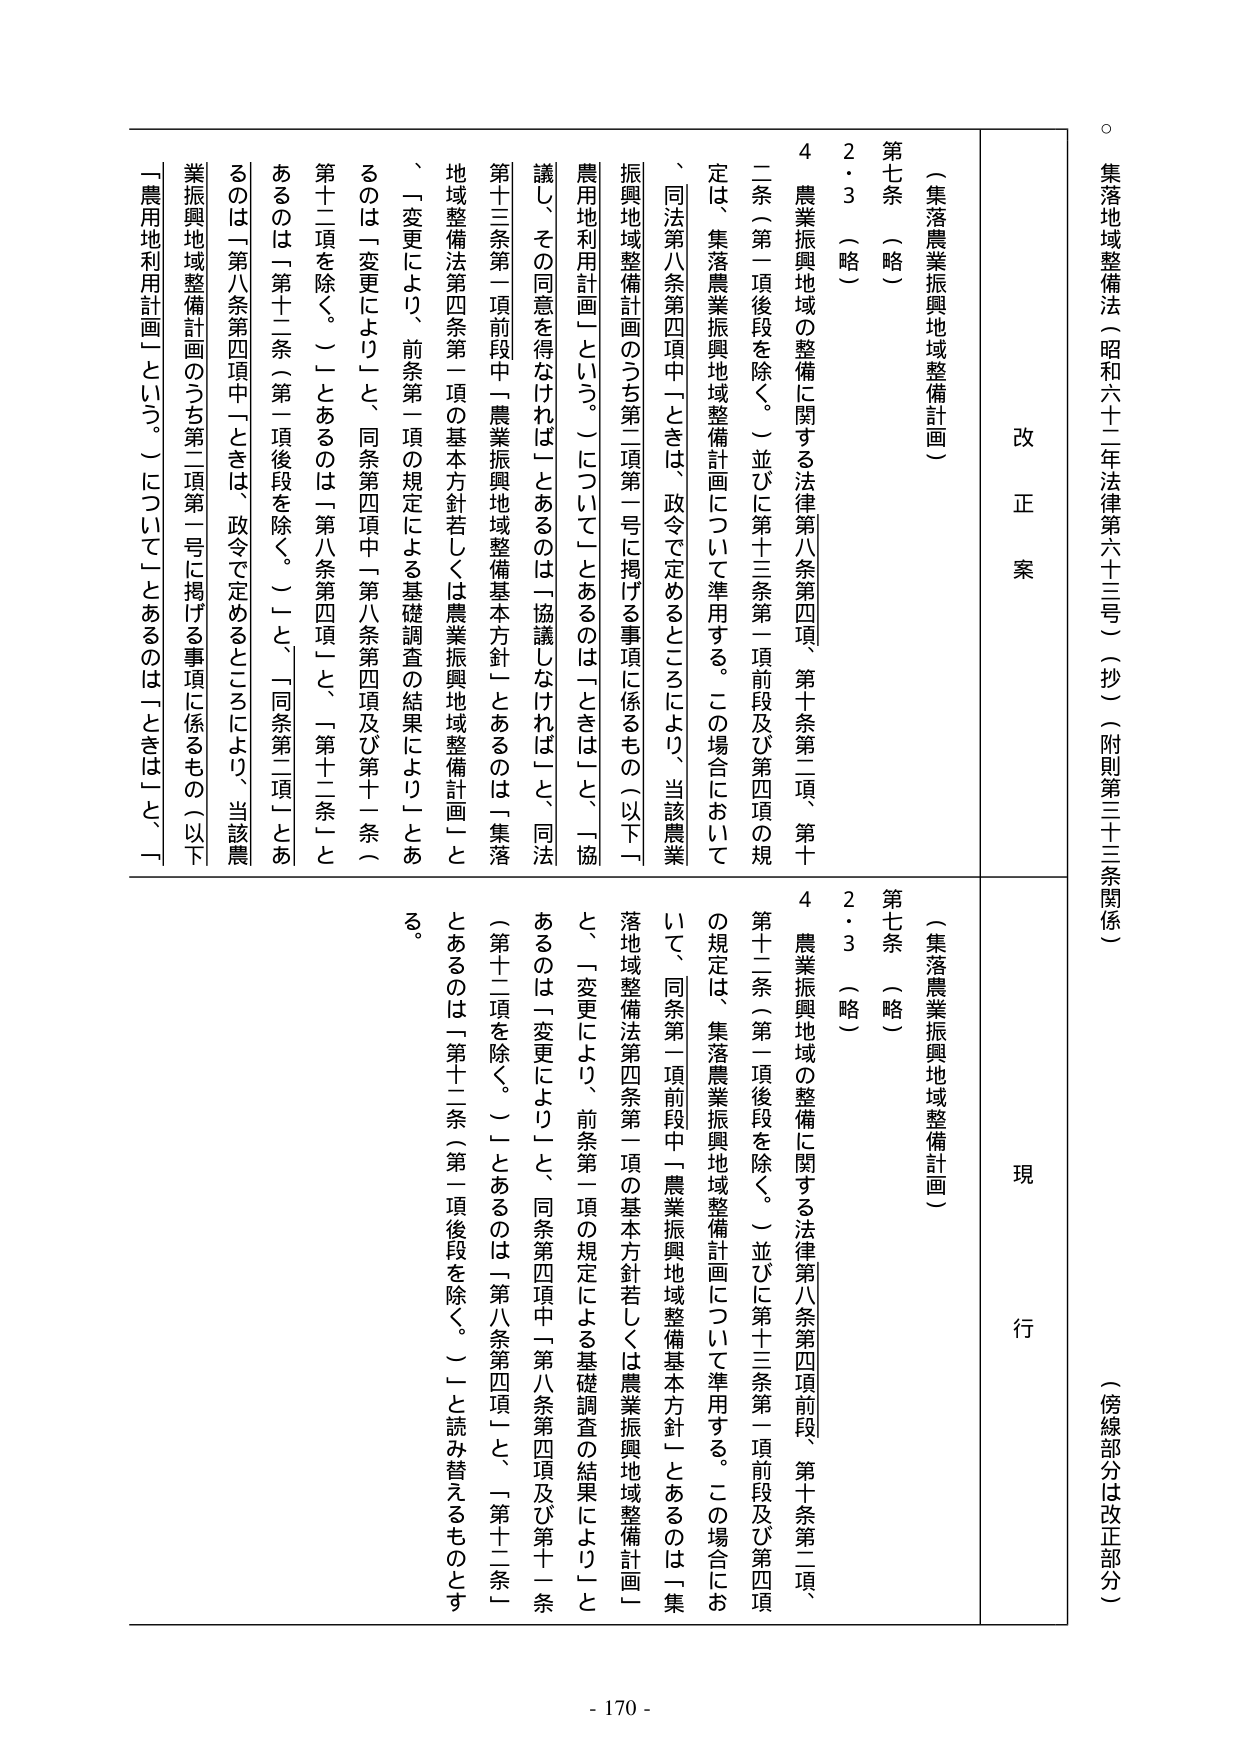
集落地域整備法（昭和六十二年法律第六十三号）（抄）（附則第三十三条関係）
（傍線部分は改正部分）

改正案
現行

（集落農業振興地域整備計画）
第七条（略）
２・３（略）
４ 農業振興地域の整備に関する法律第八条第四項、第十条第二項、第十二条（第一項後段を除く。）並びに第十三条第一項前段及び第四項の規定は、集落農業振興地域整備計画について準用する。この場合において、同法第八条第四項中「ときは、政令で定めるところにより、当該農業振興地域整備計画のうち第二項第一号に掲げる事項に係るもの（以下「農用地利用計画」という。）について」とあるのは「ときは」と、「協議し、その同意を得なければ」とあるのは「協議しなければ」と、同法第十三条第一項前段中「農業振興地域整備基本方針」とあるのは「集落地域整備法第四条第一項の基本方針若しくは農業振興地域整備計画」と、「変更により、前条第一項の規定による基礎調査の結果により」とあるのは「変更により」と、同条第四項中「第八条第四項及び第十一条（第十二項を除く。）」とあるのは「第八条第四項」と、「第十二条」とあるのは「第十二条（第一項後段を除く。）」と、「同条第二項」とあるのは「第八条第四項中「ときは、政令で定めるところにより、当該農業振興地域整備計画のうち第二項第一号に掲げる事項に係るもの（以下「農用地利用計画」という。）について」とあるのは「ときは」や「

（集落農業振興地域整備計画）
第七条（略）
２・３（略）
４ 農業振興地域の整備に関する法律第八条第四項前段、第十条第二項、第十二条（第一項後段を除く。）並びに第十三条第一項前段及び第四項の規定は、集落農業振興地域整備計画について準用する。この場合において、同条第一項前段中「農業振興地域整備基本方針」とあるのは「集落地域整備法第四条第一項の基本方針若しくは農業振興地域整備計画」と、「変更により、前条第一項の規定による基礎調査の結果により」とあるのは「変更により」と、同条第四項中「第八条第四項及び第十一条（第十二項を除く。）」とあるのは「第八条第四項」と、「第十二条」とあるのは「第十二条（第一項後段を除く。）」と読み替えるものとする。

- 170 -